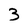
Character: 3